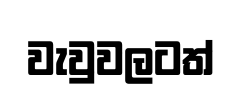
වැවුවලටත්